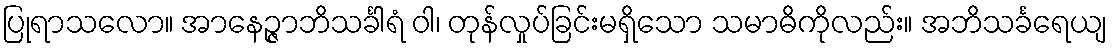
ပြုရာသလော။ အာနေဉ္ဇာဘိသင်္ခါရံ ဝါ၊ တုန်လှုပ်ခြင်းမရှိသော သမာဓိကိုလည်း။ အဘိသင်္ခရေယျ